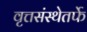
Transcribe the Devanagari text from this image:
वृत्तसंस्थेतर्फे